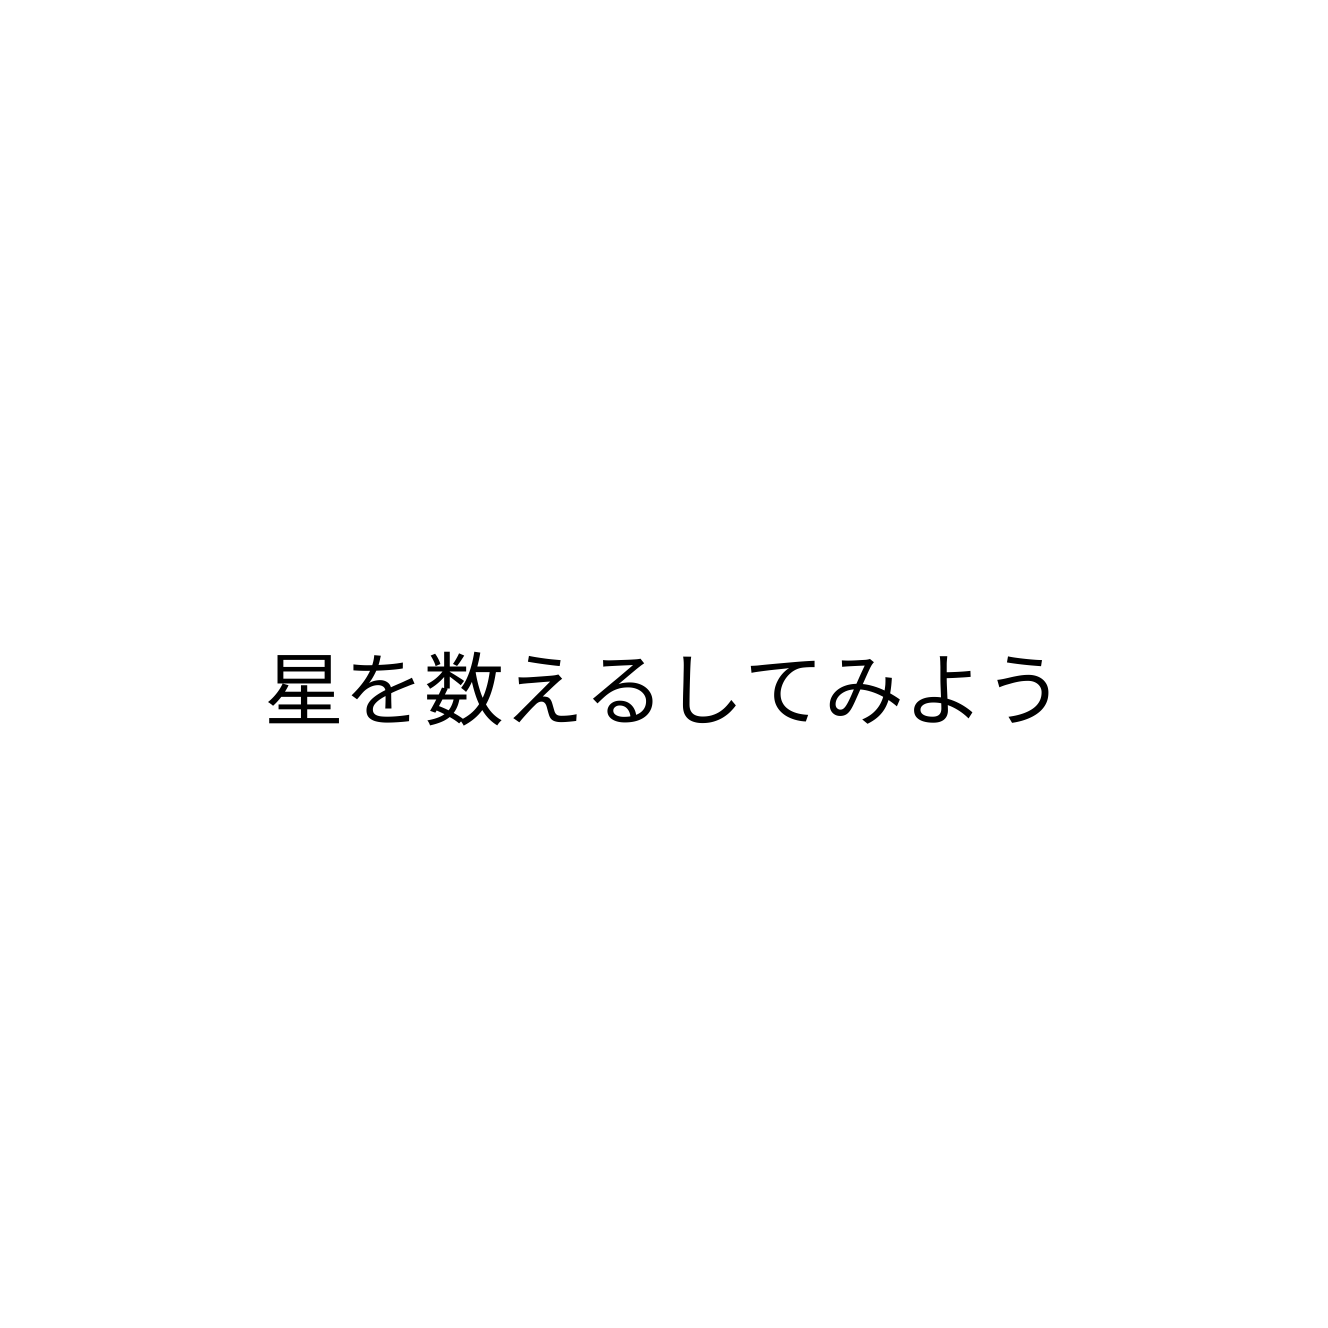
星を数えるしてみよう